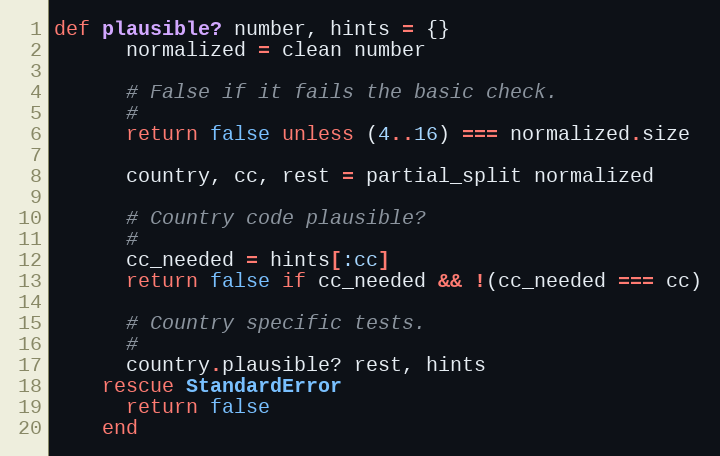
Language: Ruby
def plausible? number, hints = {}
      normalized = clean number

      # False if it fails the basic check.
      #
      return false unless (4..16) === normalized.size

      country, cc, rest = partial_split normalized

      # Country code plausible?
      #
      cc_needed = hints[:cc]
      return false if cc_needed && !(cc_needed === cc)

      # Country specific tests.
      #
      country.plausible? rest, hints
    rescue StandardError
      return false
    end